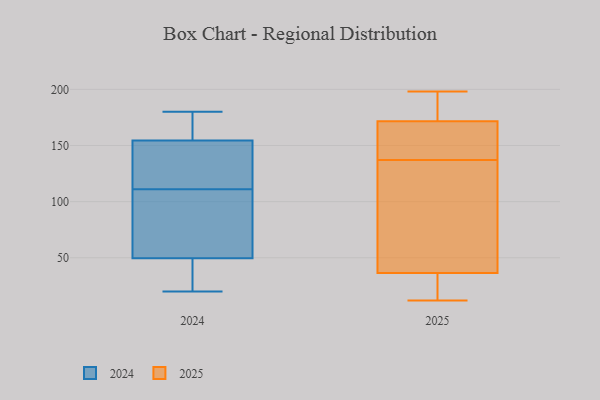
{"axis": {"x": "Headcount", "y": "Value"}, "legend": ["2024", "2025"], "data": [{"x": "", "y": 170, "type": "2024"}, {"x": "", "y": 127, "type": "2024"}, {"x": "", "y": 45, "type": "2024"}, {"x": "", "y": 107, "type": "2024"}, {"x": "", "y": 57, "type": "2024"}, {"x": "", "y": 80, "type": "2024"}, {"x": "", "y": 153, "type": "2024"}, {"x": "", "y": 171, "type": "2024"}, {"x": "", "y": 179, "type": "2024"}, {"x": "", "y": 180, "type": "2024"}, {"x": "", "y": 20, "type": "2024"}, {"x": "", "y": 151, "type": "2024"}, {"x": "", "y": 94, "type": "2024"}, {"x": "", "y": 155, "type": "2024"}, {"x": "", "y": 142, "type": "2024"}, {"x": "", "y": 24, "type": "2024"}, {"x": "", "y": 34, "type": "2024"}, {"x": "", "y": 47, "type": "2024"}, {"x": "", "y": 111, "type": "2024"}, {"x": "", "y": 134, "type": "2025"}, {"x": "", "y": 106, "type": "2025"}, {"x": "", "y": 142, "type": "2025"}, {"x": "", "y": 179, "type": "2025"}, {"x": "", "y": 195, "type": "2025"}, {"x": "", "y": 12, "type": "2025"}, {"x": "", "y": 178, "type": "2025"}, {"x": "", "y": 35, "type": "2025"}, {"x": "", "y": 31, "type": "2025"}, {"x": "", "y": 168, "type": "2025"}, {"x": "", "y": 29, "type": "2025"}, {"x": "", "y": 198, "type": "2025"}, {"x": "", "y": 38, "type": "2025"}, {"x": "", "y": 26, "type": "2025"}, {"x": "", "y": 159, "type": "2025"}, {"x": "", "y": 139, "type": "2025"}, {"x": "", "y": 153, "type": "2025"}, {"x": "", "y": 135, "type": "2025"}, {"x": "", "y": 97, "type": "2025"}, {"x": "", "y": 175, "type": "2025"}]}